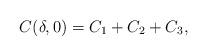
LaTeX: \begin{align*}C(\delta,0)=C_1 + C_2 + C_3 ,\end{align*}